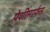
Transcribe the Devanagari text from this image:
पेशींमार्फत